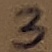
Text: 3